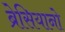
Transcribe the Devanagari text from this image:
ब्रेसियानो